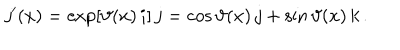
j ^ { \prime } ( x ) = \exp [ \vartheta ( x ) \, i ] \, j = \cos \vartheta ( x ) \, j + \sin \vartheta ( x ) \, k \, .